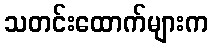
သတင်းထောက်များက